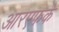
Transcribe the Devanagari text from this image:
आरएफके